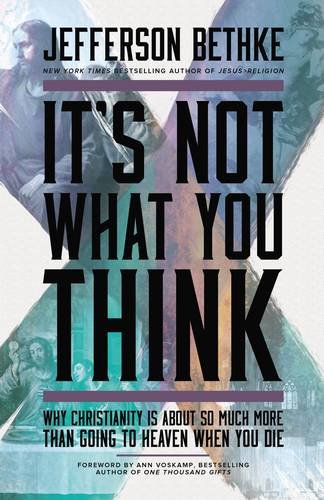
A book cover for It's Not What You Think: Why Christianity Is About So Much More Than Going to Heaven When You Die; Jefferson Bethke; Christian Books & Bibles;